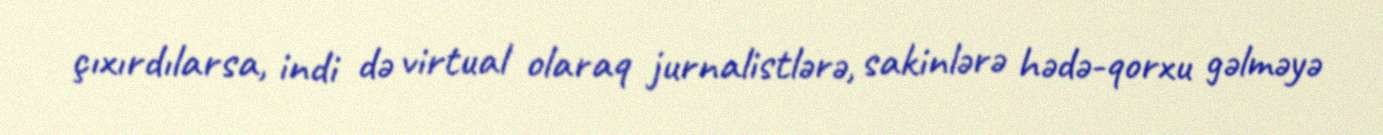
çıxırdılarsa, indi də virtual olaraq jurnalistlərə, sakinlərə hədə-qorxu gəlməyə